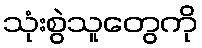
သုံးစွဲသူတွေကို